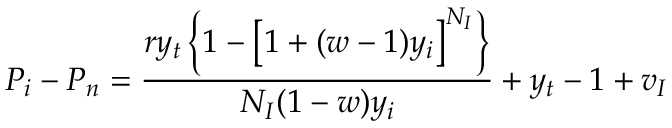
P _ { i } - P _ { n } = \frac { r y _ { t } \left\{ 1 - \left[ 1 + ( w - 1 ) y _ { i } \right] ^ { N _ { I } } \right\} } { N _ { I } ( 1 - w ) y _ { i } } + y _ { t } - 1 + v _ { I }